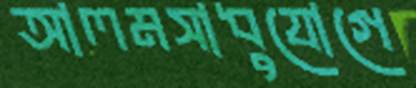
আলমসাধুযোগে